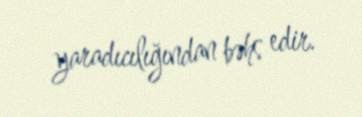
yaradıcılığından bəhs edir.